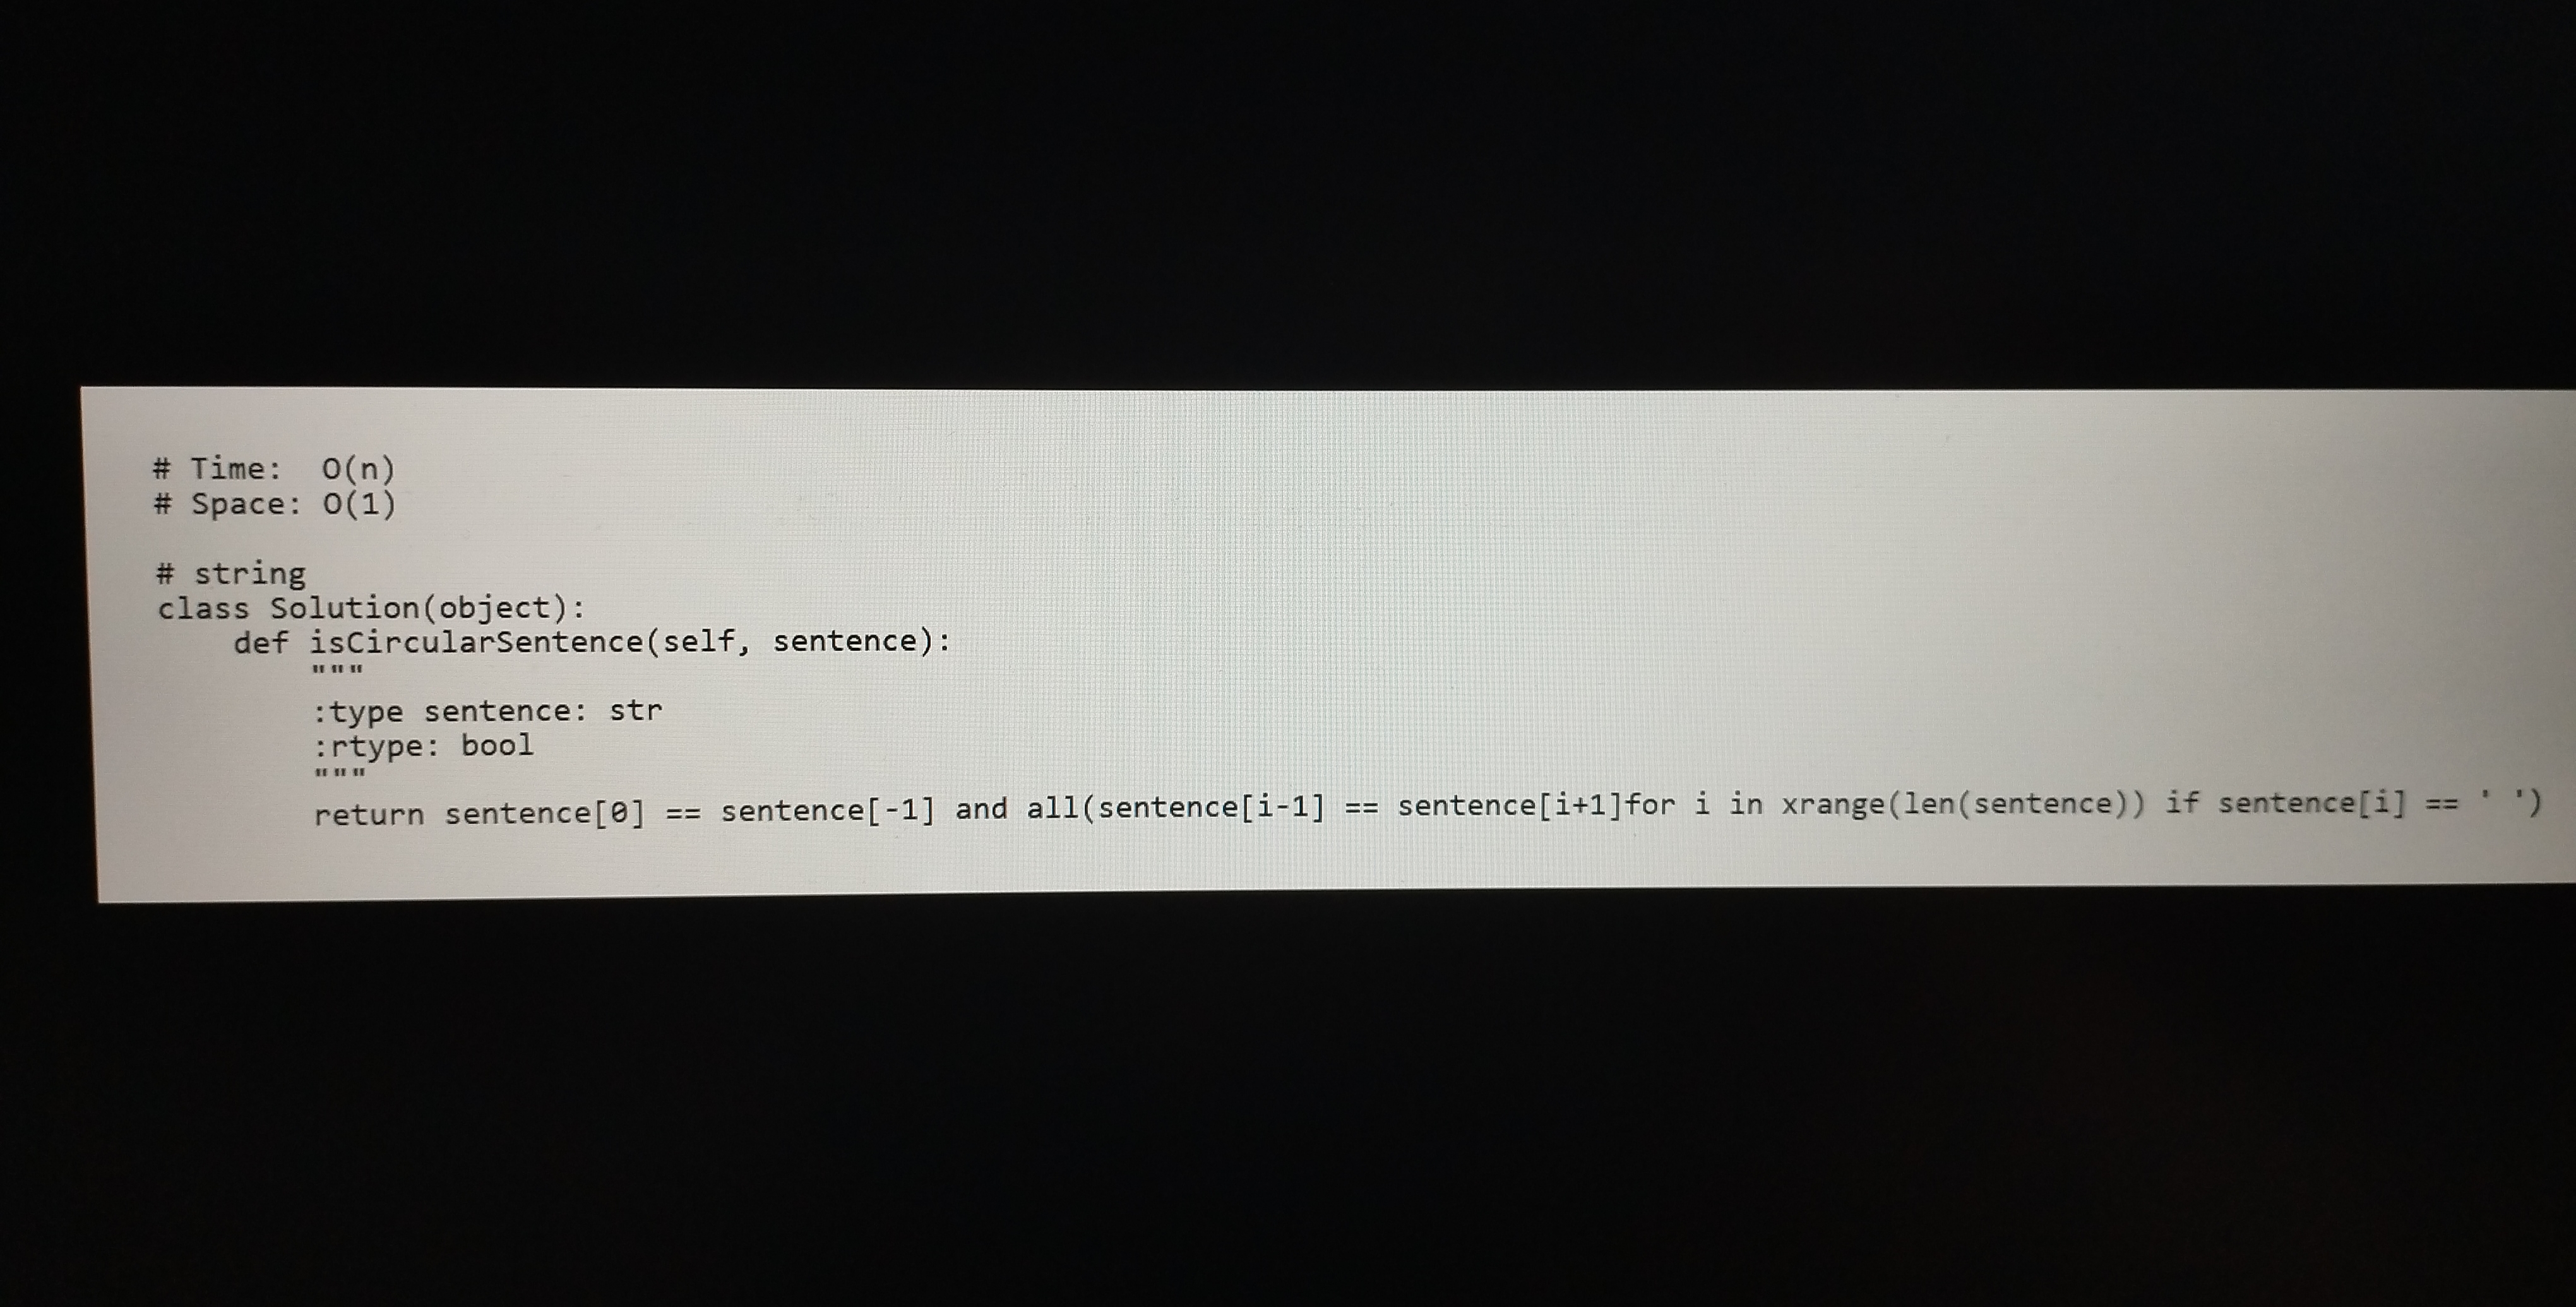
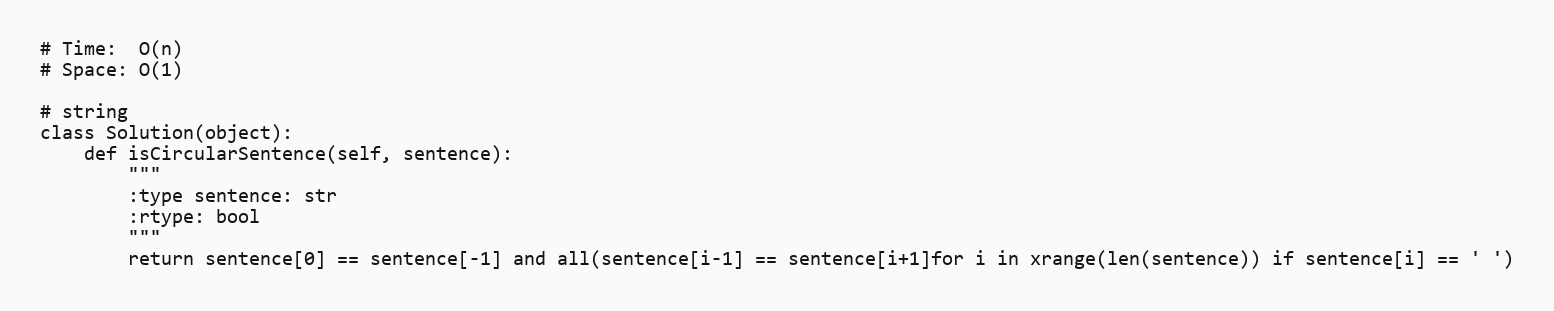
# Time:  O(n)
# Space: O(1)

# string
class Solution(object):
    def isCircularSentence(self, sentence):
        """
        :type sentence: str
        :rtype: bool
        """
        return sentence[0] == sentence[-1] and all(sentence[i-1] == sentence[i+1]for i in xrange(len(sentence)) if sentence[i] == ' ')